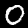
Label: 0